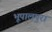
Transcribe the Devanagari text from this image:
भूपालपुरा